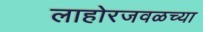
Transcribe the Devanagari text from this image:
लाहोरजवळच्या